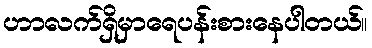
ဟာလက်ရှိမှာရေပန်းစားနေပါတယ်။